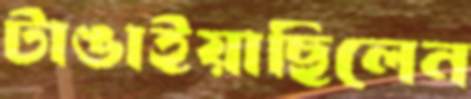
টাঙাইয়াছিলেন